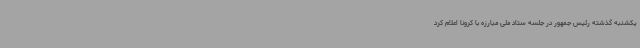
یکشنبه گذشته رئیس جمهور در جلسه ستاد ملی مبارزه با کرونا اعلام کرد